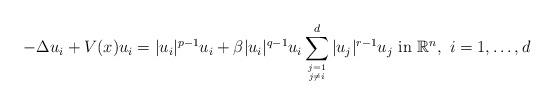
LaTeX: \begin{align*}-\Delta u_i+V (x) u_i=|u_i|^{p-1}u_i+\beta |u_i|^{q-1}u_i\sum\limits_{j=1\atop j\not=i}^d |u_j|^{r-1}u_j\ \hbox{in}\ \mathbb R^n,\ i=1,\dots,d\end{align*}